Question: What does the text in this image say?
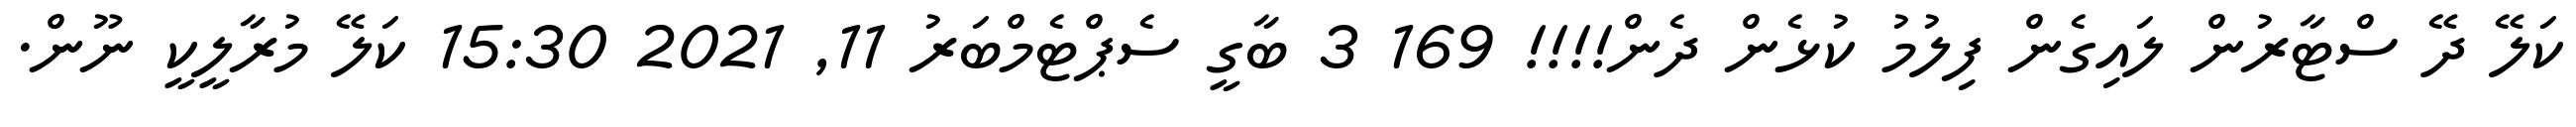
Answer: ކަލޭ ދޭ ސްޓާރުން ލައިގެން ފިލުމު ކުޅެން ދެން!!!! 169 3 ބާގީ ސެޕްޓެމްބަރު 11, 2021 15:30 ކަލޭ މުރާލީކީ ނޫން.